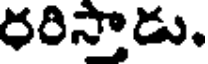
రరిస్తాడు.